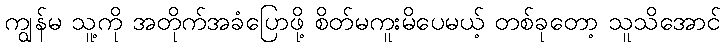
ကျွန်မ သူ့ကို အတိုက်အခံပြောဖို့ စိတ်မကူးမိပေမယ့် တစ်ခုတော့ သူသိအောင်